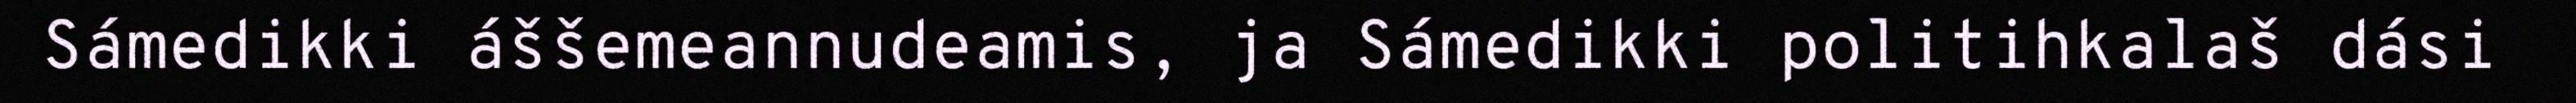
Sámedikki áššemeannudeamis, ja Sámedikki politihkalaš dási